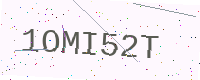
Text: 1OMI52T